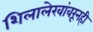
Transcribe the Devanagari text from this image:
शिलालेखांवरूनही